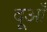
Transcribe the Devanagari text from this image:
दूआँ